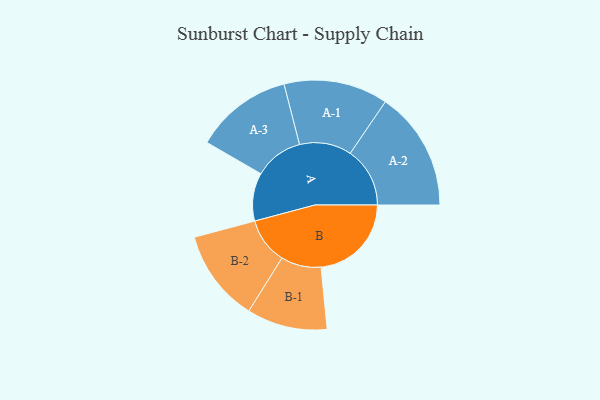
{"axis": {"x": "Segment", "y": "Value"}, "legend": ["", "A", "B"], "data": [{"x": "A", "y": 146, "type": ""}, {"x": "B", "y": 274, "type": ""}, {"x": "A-1", "y": 158, "type": "A"}, {"x": "A-2", "y": 181, "type": "A"}, {"x": "A-3", "y": 148, "type": "A"}, {"x": "B-1", "y": 122, "type": "B"}, {"x": "B-2", "y": 140, "type": "B"}]}